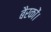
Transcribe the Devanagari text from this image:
बैरकों।